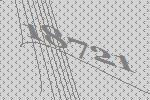
18721